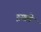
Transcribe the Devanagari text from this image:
ऱखते